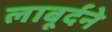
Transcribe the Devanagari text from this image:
लाबूर्दने